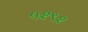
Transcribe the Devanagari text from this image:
५२९२